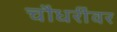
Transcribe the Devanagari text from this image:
चौधरींवर